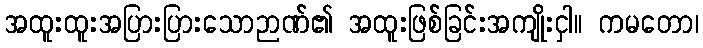
အထူးထူးအပြားပြားသောဉာဏ်၏ အထူးဖြစ်ခြင်းအကျိုးငှါ။ ကမတော၊